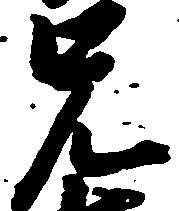
兄